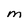
Character: M